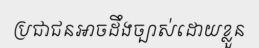
ប្រជាជនអាចដឹងច្បាស់ដោយខ្លួន